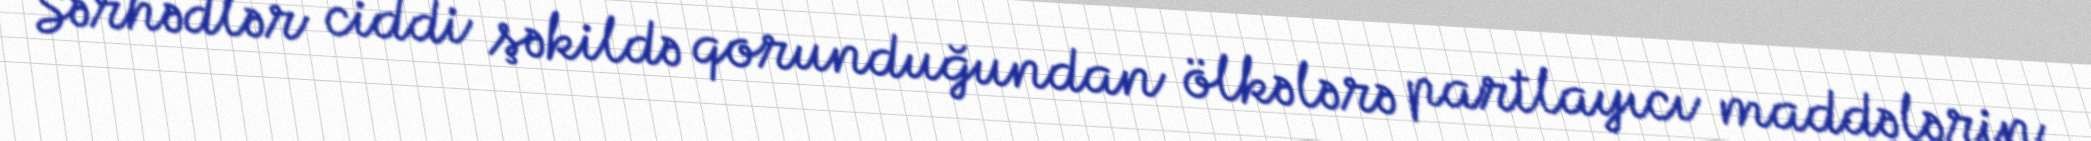
Sərhədlər ciddi şəkildə qorunduğundan ölkələrə partlayıcı maddələrin